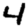
Digit: 4